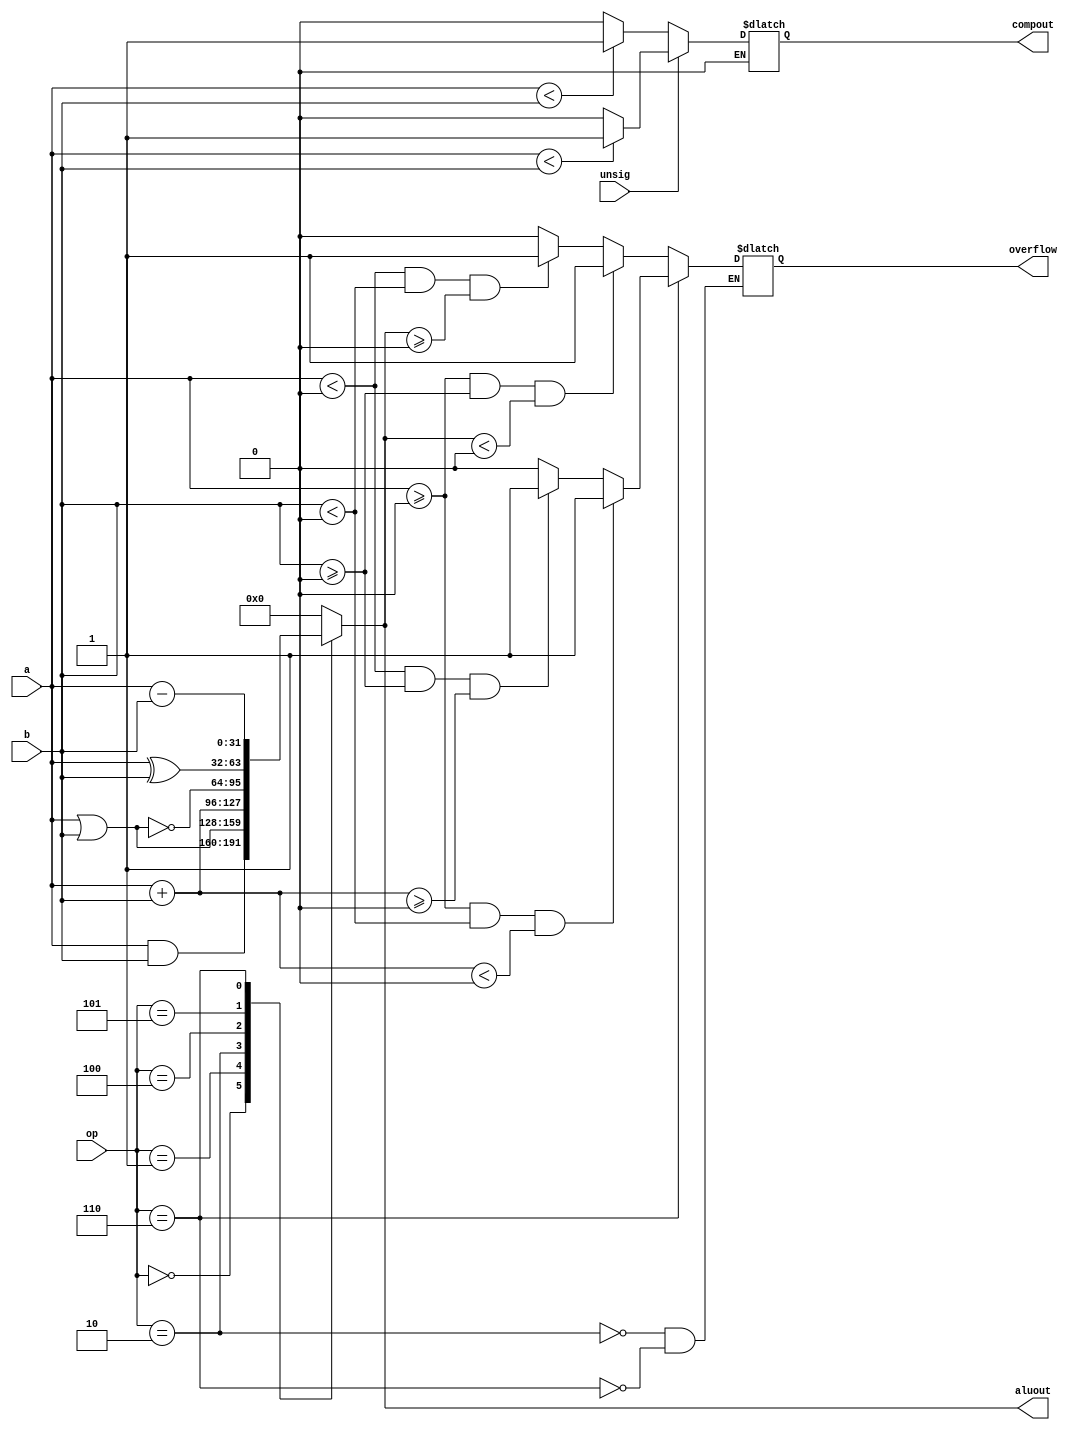
module Alu (
	input 	[31:0]		a,
	input 	[31:0]	 	b,
	output reg	[31:0]		aluout,
	input 	[2:0]		op,
	input 			unsig,
	output reg 			compout,
	output reg 			overflow
);

	always @(op or a or b or unsig)
	begin
		case (op)
			3'b000	: aluout <= a&b;
			3'b001	: aluout <= a|b;
			3'b010	: begin
						aluout <= ($signed(a)+$signed(b));
						if (($signed(a)>=0)&&($signed(b)>=0)&&($signed(aluout)<0))
						begin
							overflow <= 1;
						end						
						else
						begin
							if (($signed(a)<0)&&($signed(b)<0)&&($signed(aluout)>=0))
							begin							
								overflow <= 1;
							end
							else
							begin
								overflow <= 0;
							end
						end
					end
			3'b100	: aluout <= ~(a|b);
			3'b101	: aluout <= a^b;
			3'b110	: begin
						aluout <= ($signed(a)-$signed(b));
						if (($signed(a)>=0)&&($signed(b)<0)&&($signed($signed(a)+$signed(b))<0))
						begin
							overflow <= 1;
						end						
						else
						begin
							if (($signed(a)<0)&&($signed(b)>=0)&&($signed($signed(a)+$signed(b))>=0))
							begin							
								overflow <= 1;
							end
							else
							begin
								overflow <= 0;
							end
						end
					end
			default	: aluout <= 0; //tratar exceo 
		endcase
		if (unsig == 0)
		begin
			if (a<b)
			begin
				compout <= 1;
			end
			else
			begin
				compout <= 0;
			end
		end
		if (unsig == 1)
		begin
			if ($signed(a)<$signed(b))
			begin
				compout <= 1;
			end
			else
			begin
				compout <= 0;
			end
		end
	end
endmodule